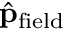
\hat { \bf p } _ { \mathrm { f i e l d } }